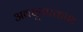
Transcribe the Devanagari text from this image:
अवधूतप्रकाश